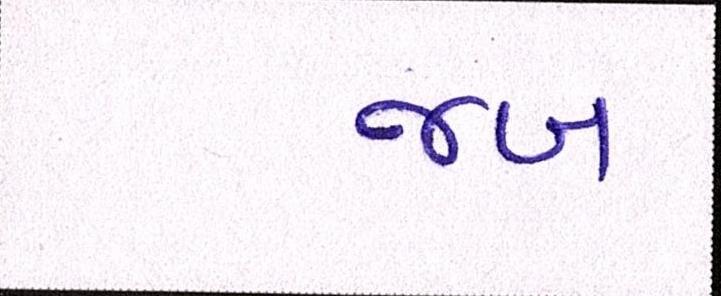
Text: જબ